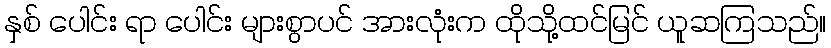
နှစ် ပေါင်း ရာ ပေါင်း များစွာပင် အားလုံးက ထိုသို့ထင်မြင် ယူဆကြသည်။